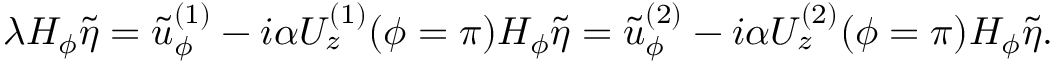
\lambda H _ { \phi } \tilde { \eta } = \tilde { u } _ { \phi } ^ { ( 1 ) } - i \alpha U _ { z } ^ { ( 1 ) } ( \phi = \pi ) H _ { \phi } \tilde { \eta } = \tilde { u } _ { \phi } ^ { ( 2 ) } - i \alpha U _ { z } ^ { ( 2 ) } ( \phi = \pi ) H _ { \phi } \tilde { \eta } .